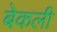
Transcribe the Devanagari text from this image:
बेकली